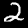
Label: 2